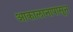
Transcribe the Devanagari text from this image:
आकालानापासून